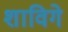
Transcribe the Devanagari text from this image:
शाविगे